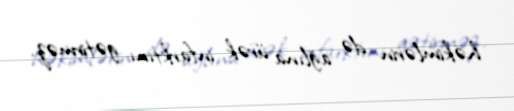
həkimlərin də ağlına ürək infarktını gətirməz.